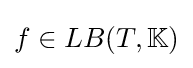
f\in LB(T,\mathbb {K} )